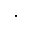
^ *